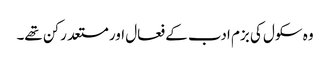
وہ سکول کی بزم ادب کے فعال اور مستعد رکن تھے۔